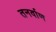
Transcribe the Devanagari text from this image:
तनर्वाण